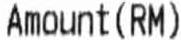
AMOUNT (RM)